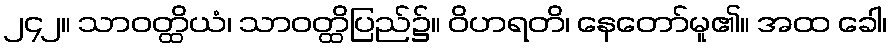
၂၄၂။ သာဝတ္ထိယံ၊ သာဝတ္ထိပြည်၌။ ဝိဟရတိ၊ နေတော်မူ၏။ အထ ခေါ၊